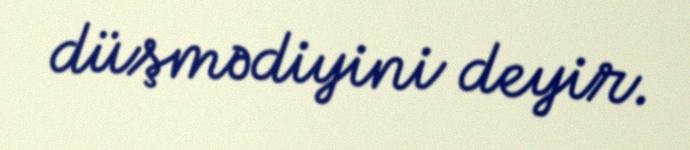
düşmədiyini deyir.